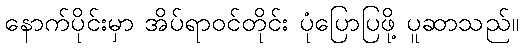
နောက်ပိုင်းမှာ အိပ်ရာဝင်တိုင်း ပုံပြောပြဖို့ ပူဆာသည်။